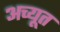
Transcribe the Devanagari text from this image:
अच्यूत